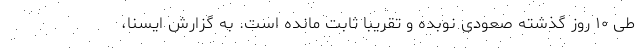
طی ۱۰ روز گذشته صعودی نوبده و تقریبا ثابت مانده است. به گزارش ایسنا،